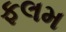
ફલમ